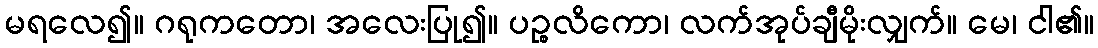
မရလေ၍။ ဂရုကတော၊ အလေးပြု၍။ ပဉ္စလိကော၊ လက်အုပ်ချီမိုးလျှက်။ မေ၊ ငါ၏။